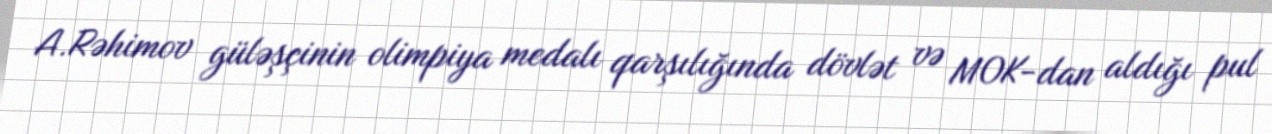
A.Rəhimov güləşçinin olimpiya medalı qarşılığında dövlət və MOK-dan aldığı pul